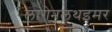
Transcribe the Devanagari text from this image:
लांगेनलथइमर